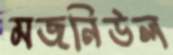
মজনিউল